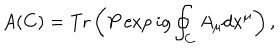
A ( C ) = \mathrm { T r } \left( P \exp i g \oint _ { C } A _ { \mu } d x ^ { \mu } \right) ,